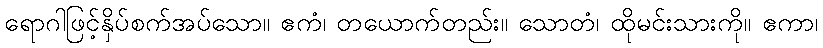
ရောဂါဖြင့်နှိပ်စက်အပ်သော။ ဧကံ၊ တယောက်တည်း။ သောတံ၊ ထိုမင်းသားကို။ ဧကာ၊